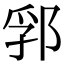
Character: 郛